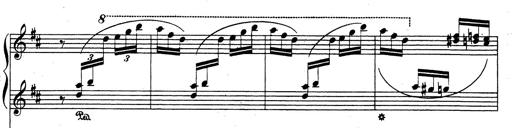
Title: Rhapsodie espagnole
Composer: Franz Liszt